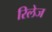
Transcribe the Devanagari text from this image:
रिलेज